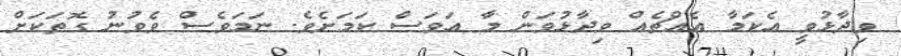
ވިދާޅުވީ އެކަމާ އެއްޗެއް ވިދާޅުވަން މާ އަވަަސް ކަމަށެވެ. ނަމަވެސް ވެވުނު ގޮތަކަށް